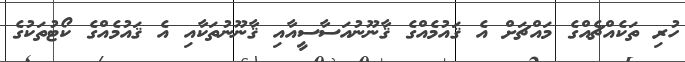
ހުރި ތަކެއްޗެއްގެ މައްޗަށް އެ ޤައުމެއްގެ ޤާނޫނުއަސާސީއާއި ޤާނޫނުތަކާއި އެ ޤައުމެއްގެ ކޯޓުތަކުގެ